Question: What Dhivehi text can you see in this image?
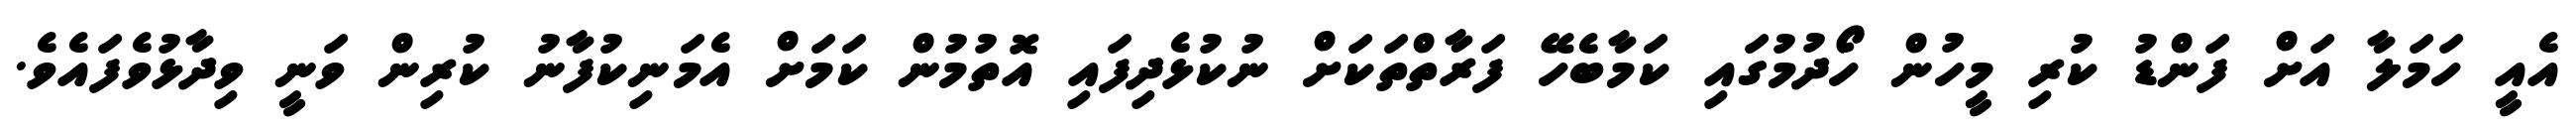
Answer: އެއީ ހަމަލާ އަށް ފަންޑު ކުރި މީހުން ހޯދުމުގައި ކަމާބެހޭ ފަރާތްތަކަށް ނުކުޅެދިފައި އޮތުމުން ކަމަށް އެމަނިކުފާނު ކުރިން ވަނީ ވިދާޅުވެފައެވެ.